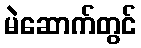
မဲဆောက်တွင်